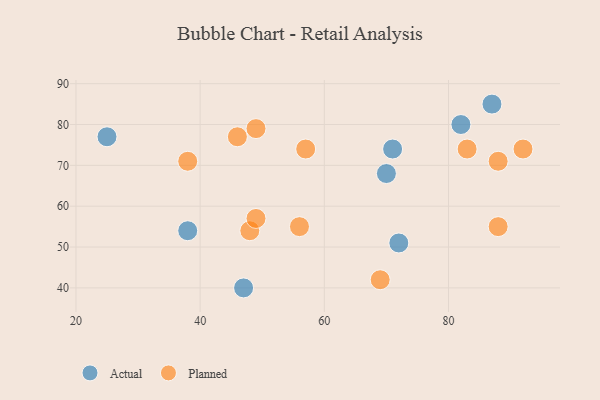
{"axis": {"x": "GDP", "y": "Life Expectancy"}, "legend": ["Actual", "Planned"], "data": [{"x": "72", "y": 51, "type": "Actual"}, {"x": "87", "y": 85, "type": "Actual"}, {"x": "82", "y": 80, "type": "Actual"}, {"x": "38", "y": 54, "type": "Actual"}, {"x": "71", "y": 74, "type": "Actual"}, {"x": "47", "y": 40, "type": "Actual"}, {"x": "70", "y": 68, "type": "Actual"}, {"x": "25", "y": 77, "type": "Actual"}, {"x": "88", "y": 55, "type": "Planned"}, {"x": "49", "y": 79, "type": "Planned"}, {"x": "69", "y": 42, "type": "Planned"}, {"x": "48", "y": 54, "type": "Planned"}, {"x": "57", "y": 74, "type": "Planned"}, {"x": "38", "y": 71, "type": "Planned"}, {"x": "46", "y": 77, "type": "Planned"}, {"x": "56", "y": 55, "type": "Planned"}, {"x": "92", "y": 74, "type": "Planned"}, {"x": "88", "y": 71, "type": "Planned"}, {"x": "49", "y": 57, "type": "Planned"}, {"x": "83", "y": 74, "type": "Planned"}]}